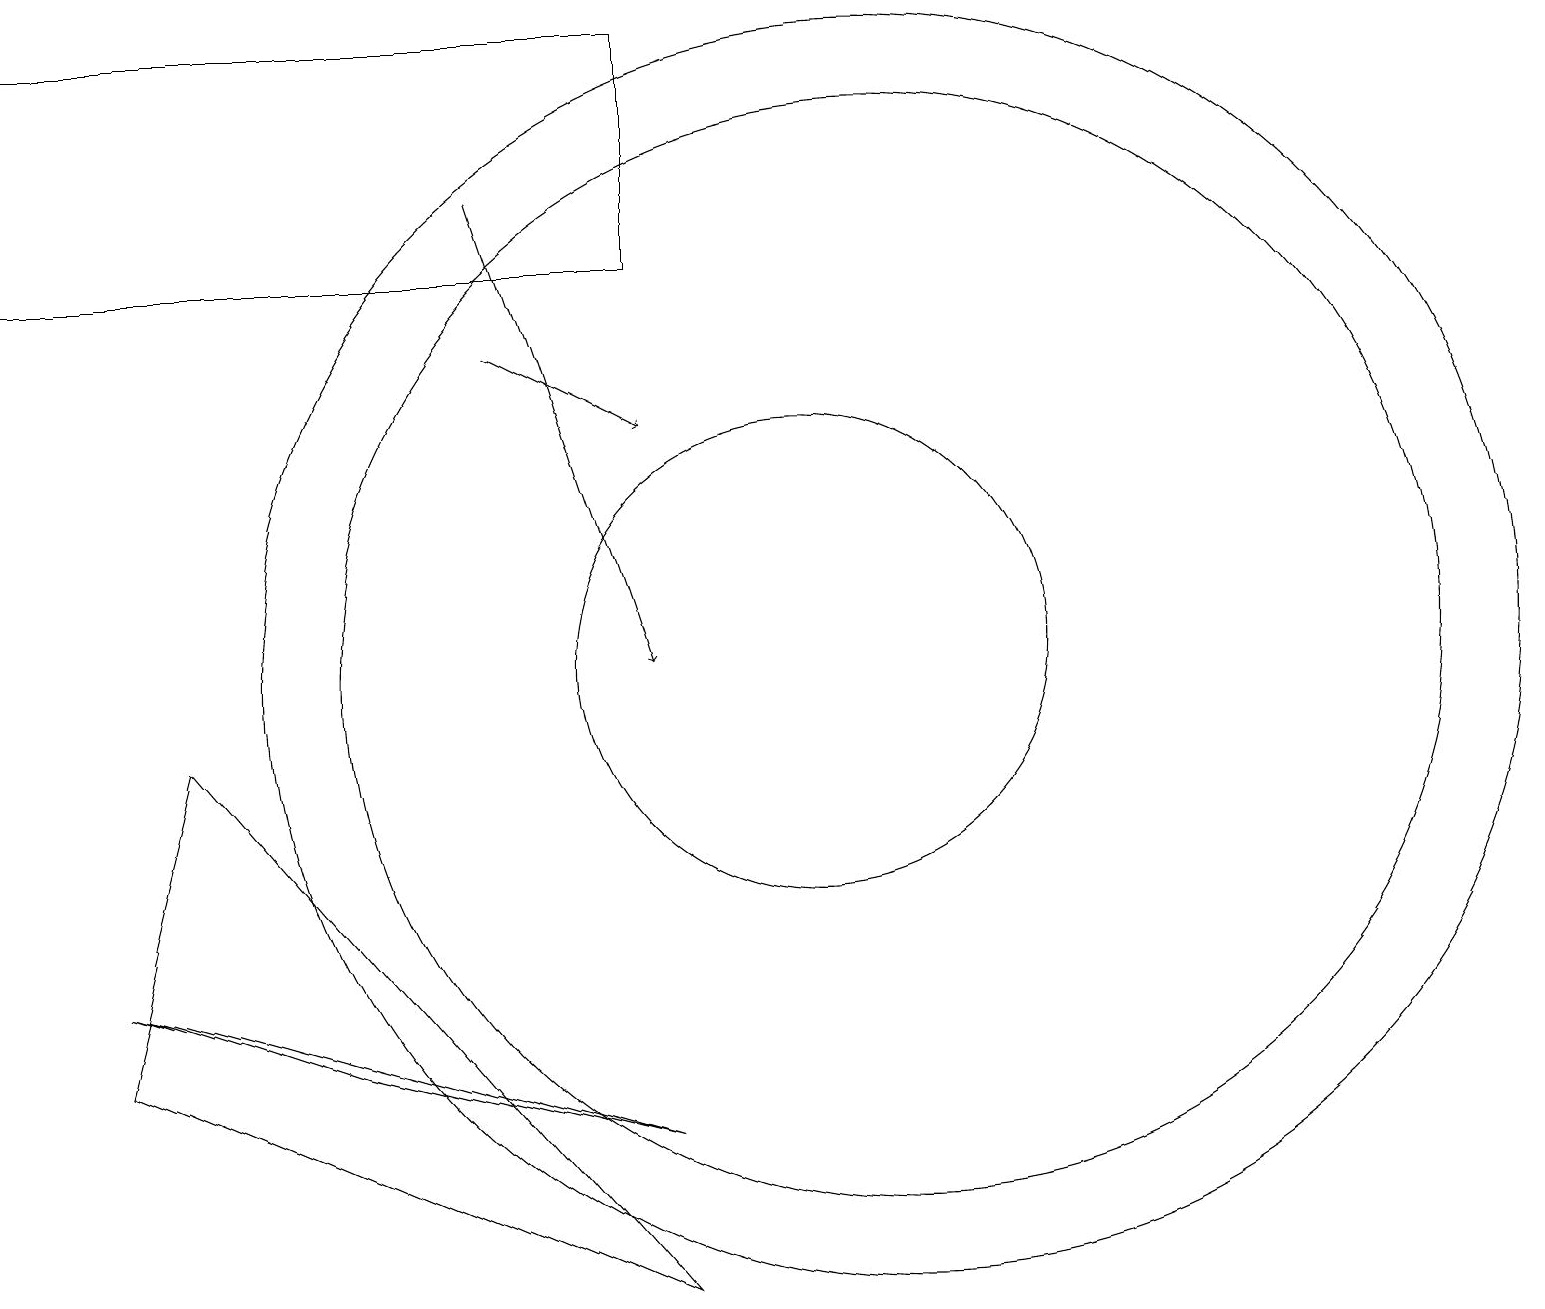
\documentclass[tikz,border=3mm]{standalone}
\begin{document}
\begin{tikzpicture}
\draw[->] (6,14) -- (8,13);
\draw (11,10) circle (8);
\draw[->] (6,16) -- (8,10);
\draw (10,10) circle (3);
\draw (4,5) -- (8,4) -- (1,6) -- cycle;
\draw (11,10) circle (7);
\draw (0,15) rectangle (8,18);
\draw (2,9) -- (1,5) -- (8,2) -- cycle;
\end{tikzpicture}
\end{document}